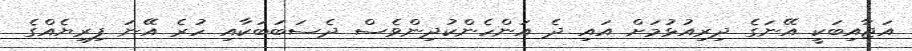
އަޖާއިބަކީ އޭނަގެ ދިރިއުޅުމަށް އައި ދެ އަންހެންކުދިންވެސް ދެސަބަބަކާއި ހުރެ އޭނަ ފިރިޔެއްގެ